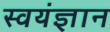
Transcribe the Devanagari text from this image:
स्वयंज्ञान